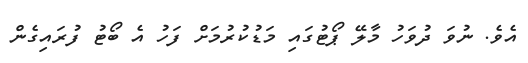
އެވެ. ނުވަ ދުވަހު މާލޭ ޕޯޓުގައި މަޑުކުރުމަށް ފަހު އެ ބޯޓު ފުރައިގެން